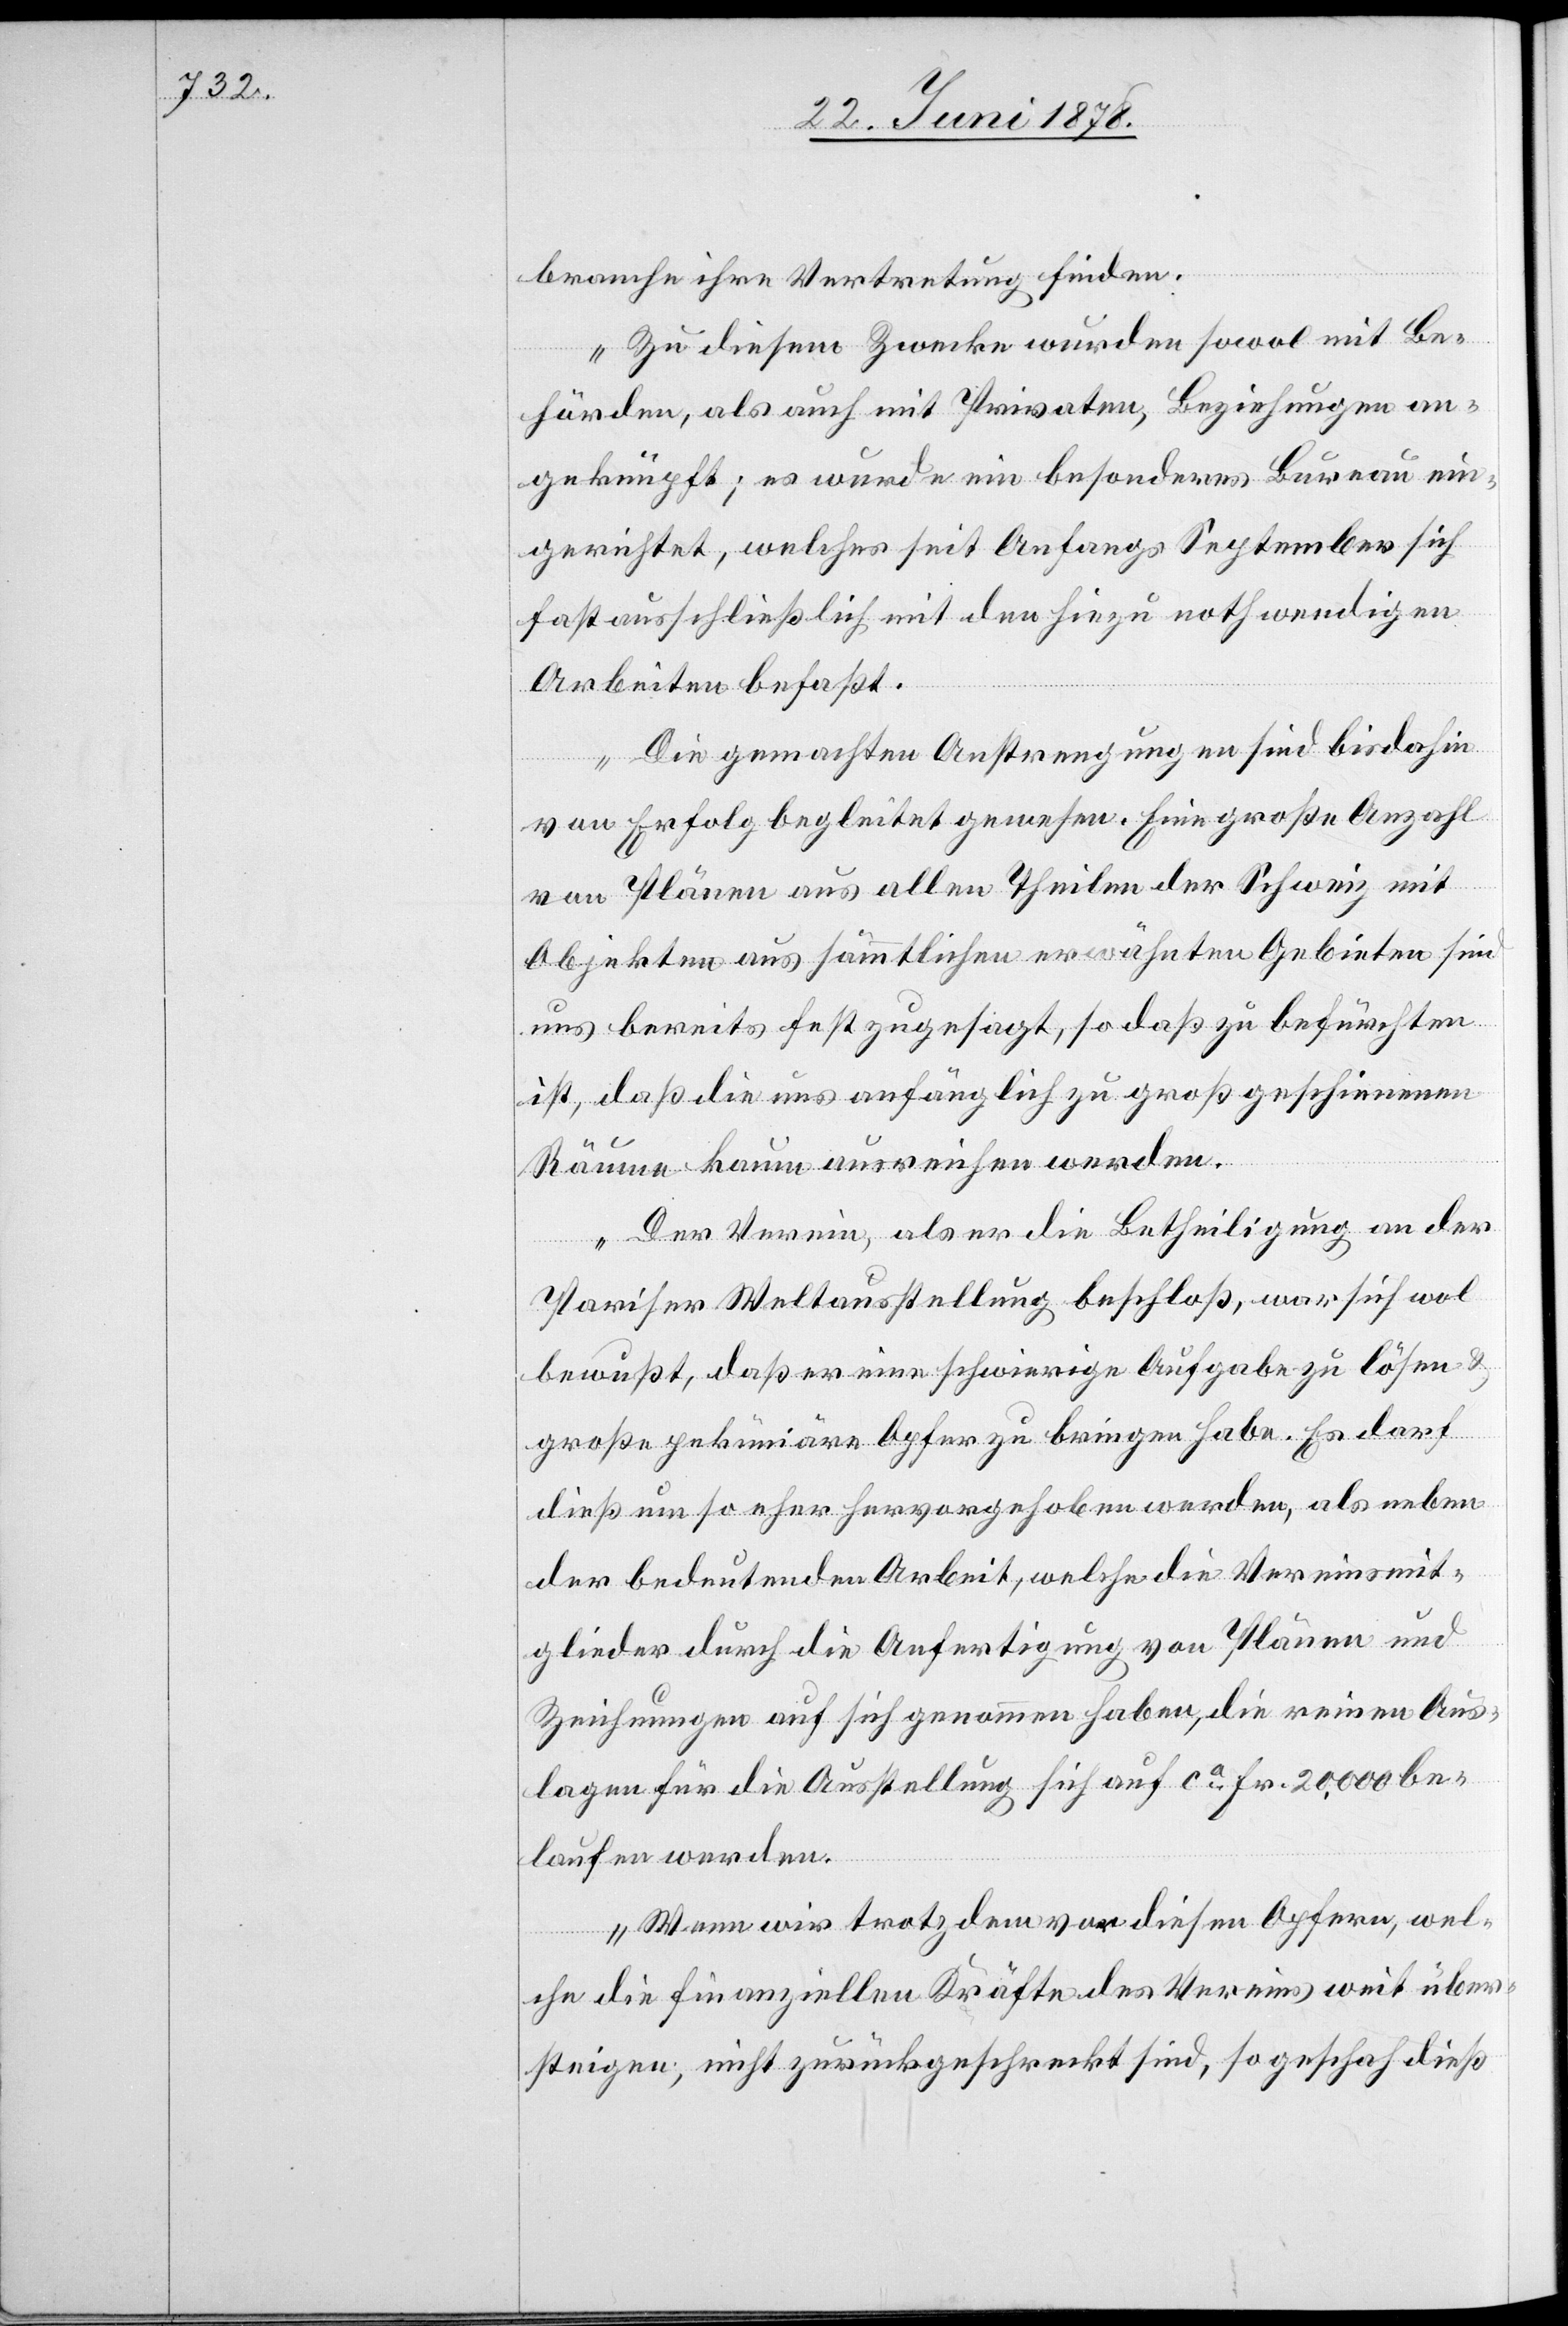
branche ihre Vertretung finden.
Zu diesem Zwecke wurden sowol mit Be¬
hörden, als auch mit Privaten, Beziehungen an¬
geknüpft; es wurde ein besonderes Bureau ein¬
gerichtet, welches seit Anfangs September sich
fast ausschließlich mit den hiezu nothwendigen
Arbeiten befaßt.
Die gemachten Anstrengungen sind bis dahin
von Erfolg begleitet gewesen. Eine große Anzahl
von Plänen aus allen Theilen der Schweiz mit
Objekten aus sämmtlichen erwähnten Gebieten sind
uns bereits fest zugesagt, so daß zu befürchten
ist, daß die uns anfänglich zu groß geschienenen
Räume kaum ausreichen werden.
Der Verein, als er die Betheiligung an der
Pariser Weltausstellung beschloß, war sich wol
bewußt, daß er eine schwierige Aufgabe zu lösen &
große pekuniäre Opfer zu bringen habe. Es darf
dieß um so eher hervorgehoben werden, als neben
der bedeutenden Arbeit, welche die Vereinsmit¬
glieder durch die Anfertigung von Plänen und
Zeichnungen auf sich genommen haben, die reinen Aus¬
lagen für die Ausstellung sich auf ca Fr. 20,000 be¬
laufen werden.
Wenn wir trotzdem von diesen Opfern, wel¬
che die finanziellen Kräfte des Vereins weit über¬
steigen, nicht zurückgeschreckt sind, so geschah dieß